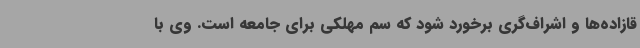
قازاده‌ها و اشراف‌گری برخورد شود که سم مهلکی برای جامعه است. وی با